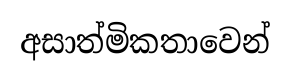
අසාත්මිකතාවෙන්